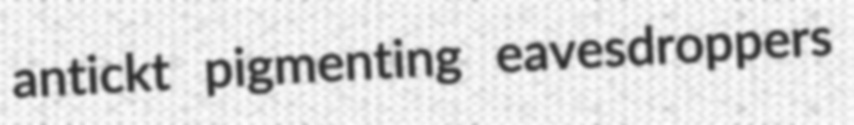
antickt pigmenting eavesdroppers